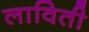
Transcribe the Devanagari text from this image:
लाविती